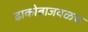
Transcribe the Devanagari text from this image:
ढाकोबाजवळच